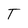
Character: T